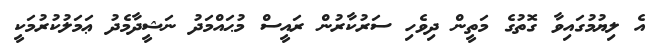
އެ ލިޔުމުގައިވާ ގޮތުގެ މަތީން ދިވެހި ސަރުކާރުން ރައީސް މުޙައްމަދު ނަޝީދާމެދު ޢަމަލުކުރުމަކީ